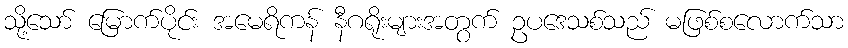
သို့သော် မြောက်ပိုင်း အမေရိကန် နီဂရိုးများအတွက် ဥပဒေသစ်သည် မဖြစ်စလောက်သာ